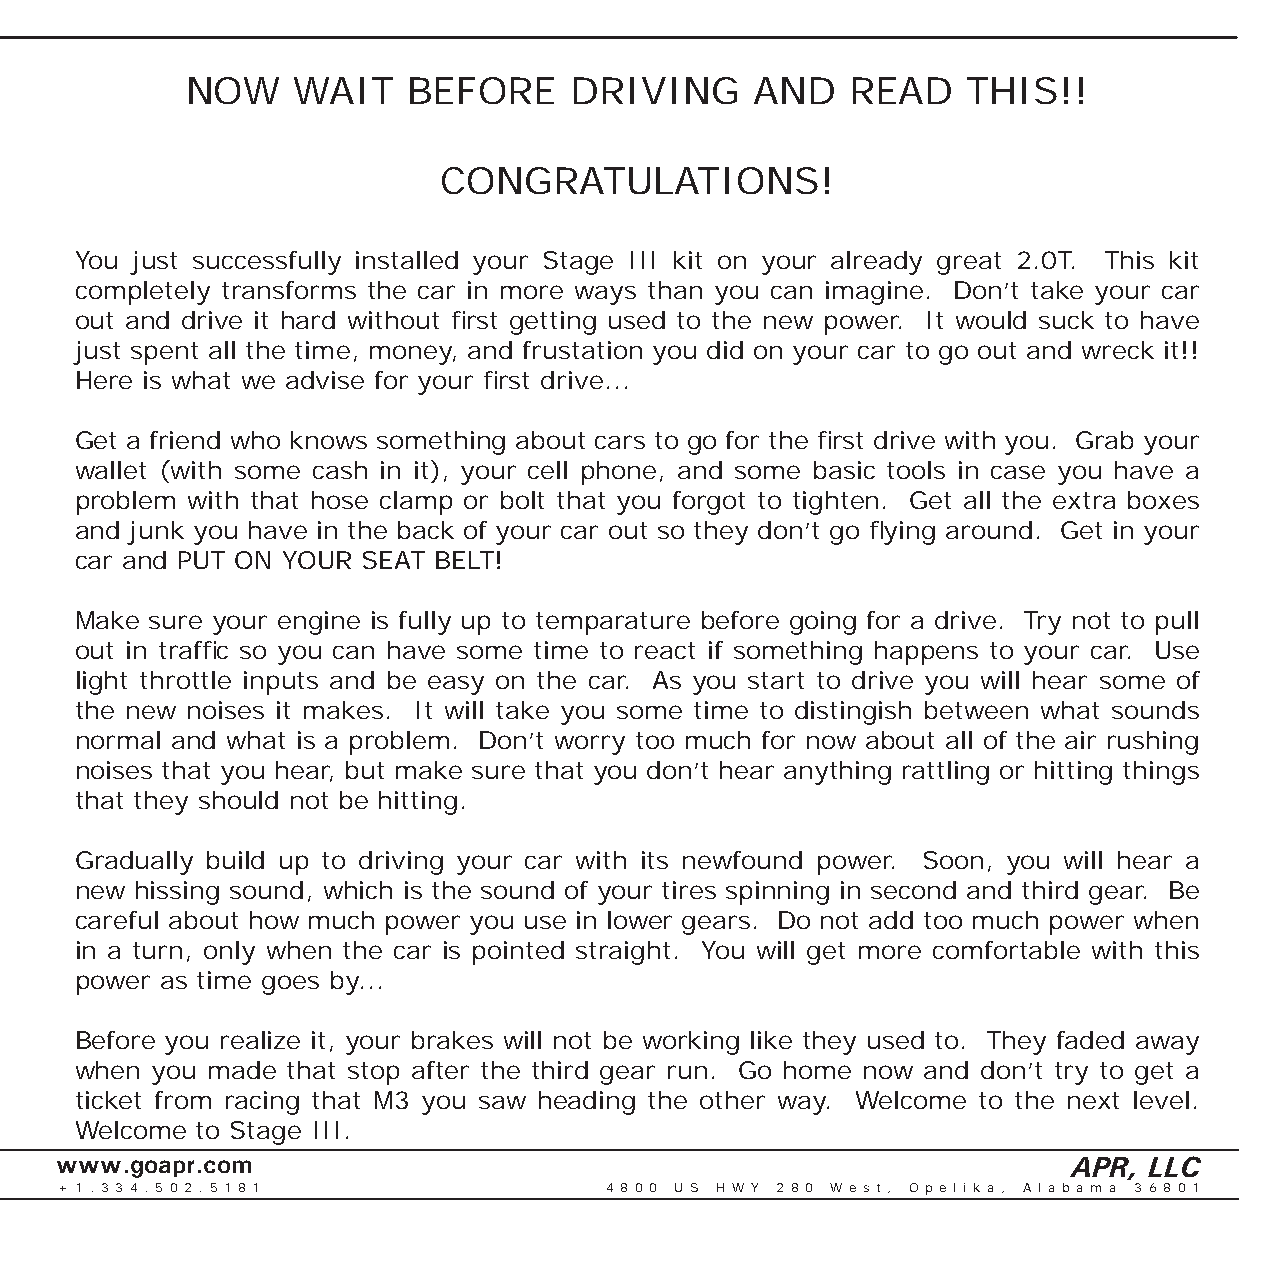
NOW    WAIT    BEFORE     DRIVING     AND   READ    THIS!!
 CONGRATULATIONS!
 You just successfully installed your Stage III kit on your already great 2.0T. This kit
 completely transforms the car in more ways than you can imagine. Don’t take your car
 out and drive it hard without fi rst getting used to the new power. It would suck to have
 just spent all the time, money, and frustation you did on your car to go out and wreck it!!
 Here is what we advise for your fi rst drive...
 Get a friend who knows something about cars to go for the fi rst drive with you. Grab your
 wallet (with some cash in it), your cell phone, and some basic tools in case you have a
 problem with that hose clamp or bolt that you forgot to tighten. Get all the extra boxes
 and junk you have in the back of your car out so they don’t go fl ying around. Get in your
 car and PUT ON YOUR SEAT BELT!
 Make sure your engine is fully up to temparature before going for a drive. Try not to pull
 out in traffi c so you can have some time to react if something happens to your car. Use
 light throttle inputs and be easy on the car. As you start to drive you will hear some of
 the new noises it makes. It will take you some time to distingish between what sounds
 normal and what is a problem. Don’t worry too much for now about all of the air rushing
 noises that you hear, but make sure that you don’t hear anything rattling or hitting things
 that they should not be hitting.
 Gradually build up to driving your car with its newfound power. Soon, you will hear a
 new hissing sound, which is the sound of your tires spinning in second and third gear. Be
 careful about how much power you use in lower gears. Do not add too much power when
 in a turn, only when the car is pointed straight. You will get more comfortable with this
 power as time goes by...
 Before you realize it, your brakes will not be working like they used to. They faded away
 when you made that stop after the third gear run. Go home now and don’t try to get a
 ticket from racing that M3 you saw heading the other way. Welcome to the next level.
 Welcome to Stage III.
 www.goapr.com                                                      APR, LLC
 + 1 . 3 3 4 . 5 0 2 . 5 1 8 1       4 8 0 0 U S H W Y 2 8 0 We s t , O p e l i k a , A l a b a m a 3 6 8 0 1